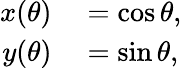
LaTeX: \begin{array}{rl}{x(\theta)}&{{}=\cos\theta,}\\ {y(\theta)}&{{}=\sin\theta,}\end{array}